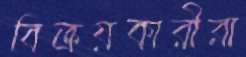
বিক্রয়কারীরা